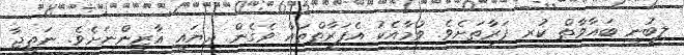
ލިބުނީ ބަޣާވާތް ކުރި ފަރާތަށެވެ. ވުމާއެކު އެފަރާތްތައް ވެގެން ދިޔައީ ޣާޒީންނަށެވެ. ނަތީޖާ